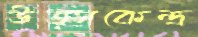
উত্সকেন্দ্র